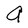
Character: a